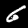
Label: 6